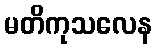
မတိကုသလေန